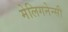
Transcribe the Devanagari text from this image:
मेलिगनेन्सी